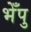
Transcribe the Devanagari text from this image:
भेँपु